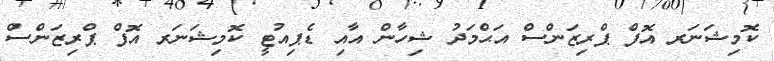
ކޮމިޝަނަރ އޮފް ޕްރިޒަންސް އަޙްމަދު ޝިހާން އާއި ޑެޕިއުޓީ ކޮމިޝަނަރ އޮފް ޕްރިޒަންސް